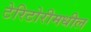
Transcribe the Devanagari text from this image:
टेरिटोरीमधील